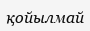
қойылмай